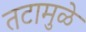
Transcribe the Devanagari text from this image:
तटामुळे